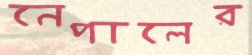
নেপালের